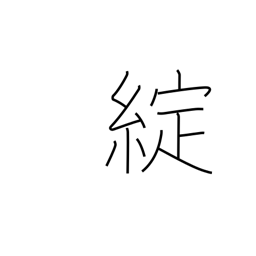
Meaning: ripped